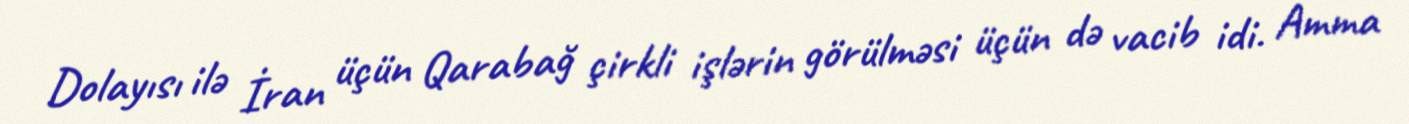
Dolayısı ilə İran üçün Qarabağ çirkli işlərin görülməsi üçün də vacib idi. Amma